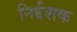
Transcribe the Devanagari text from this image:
निर्द्दशक